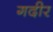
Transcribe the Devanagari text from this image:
गदीर